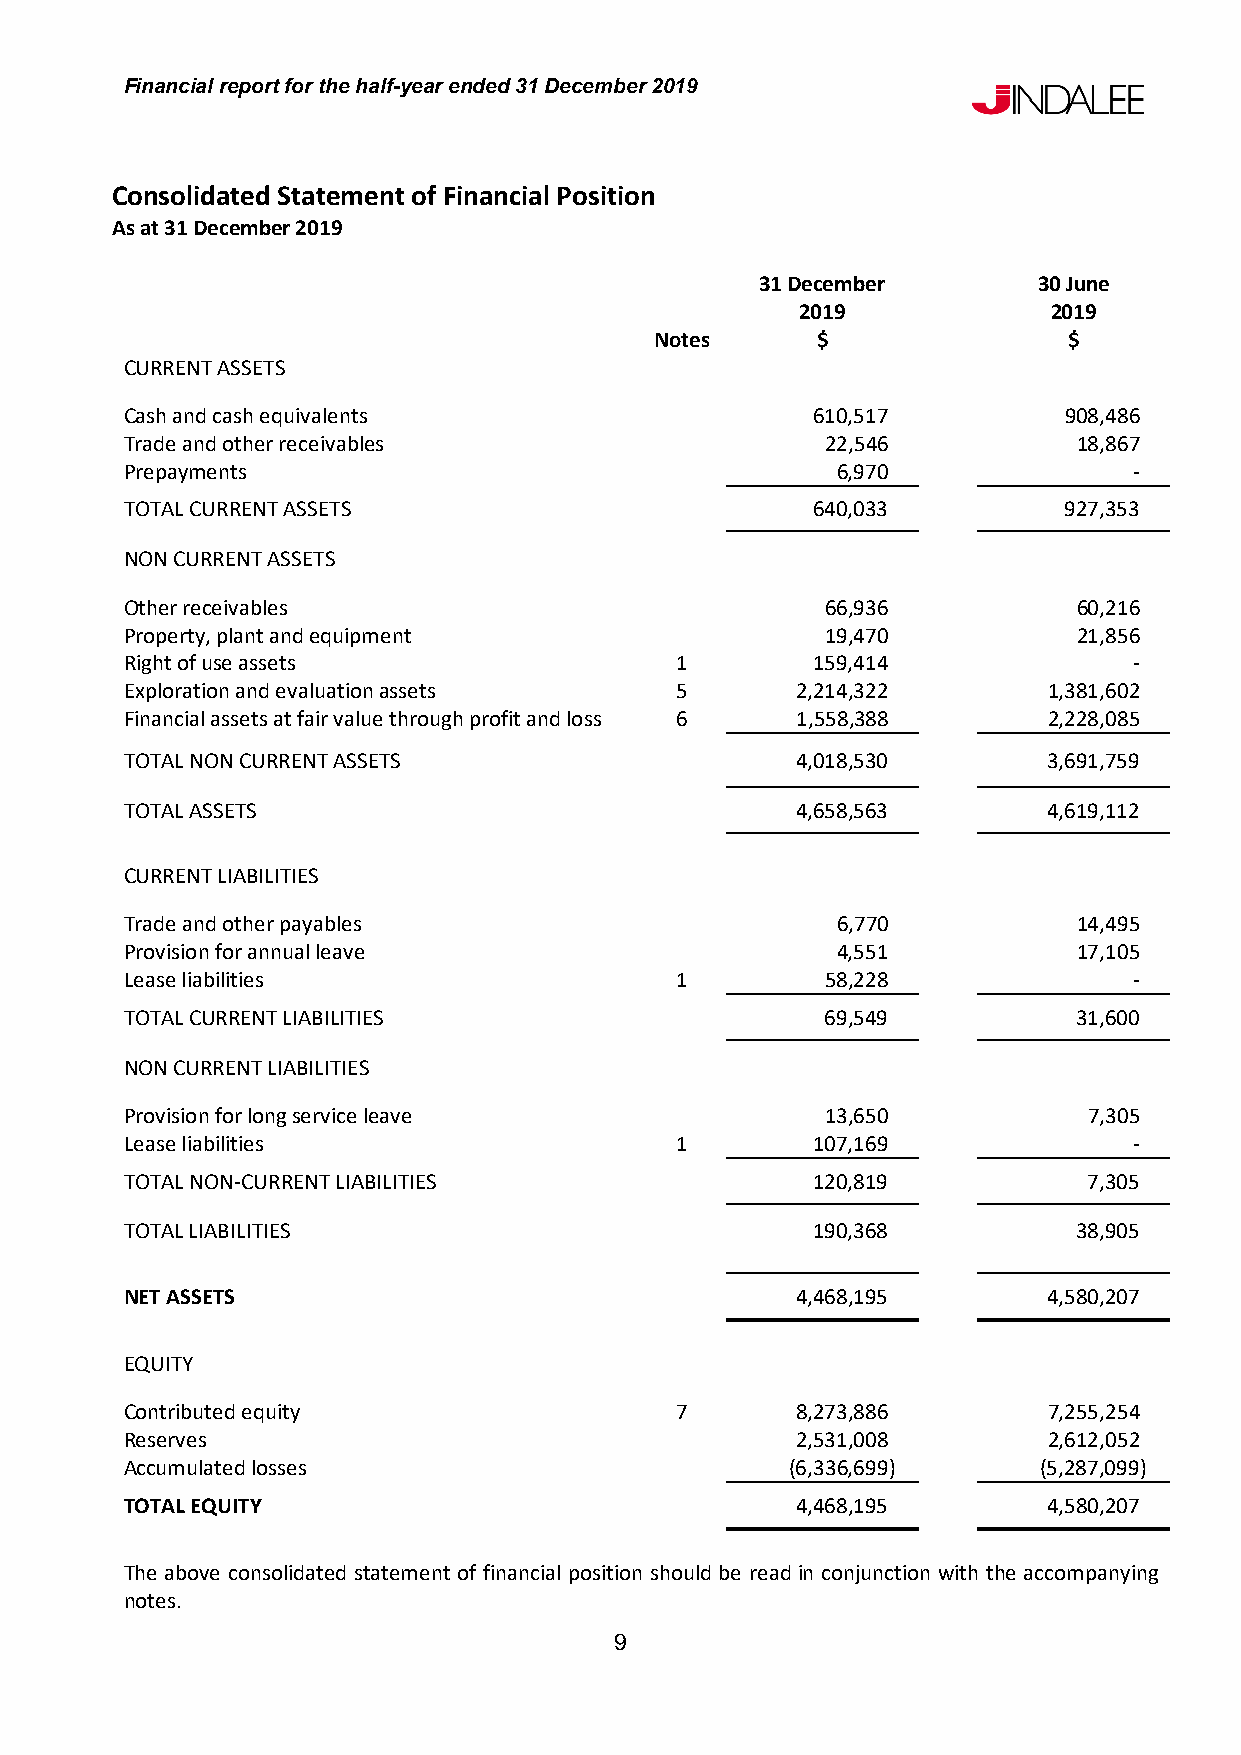
Financial report for the half-year ended 31 December 2019
 Consolidated Statement of Financial Position
 As at 31 December 2019
 31 December        30 June
 2019             2019
 Notes      $                $
 CURRENT ASSETS
 Cash and cash equivalents                     610,517         908,486
 Trade and other receivables                    22,546          18,867
 Prepayments                                    6,970               -
 TOTAL CURRENT ASSETS                          640,033         927,353
 NON CURRENT ASSETS
 Other receivables                              66,936          60,216
 Property, plant and equipment                  19,470          21,856
 Right of use assets                  1        159,414              -
 Exploration and evaluation assets    5       2,214,322       1,381,602
 Financial assets at fair value through profit and loss 6 1,558,388 2,228,085
 TOTAL NON CURRENT ASSETS                     4,018,530       3,691,759
 TOTAL ASSETS                                 4,658,563       4,619,112
 CURRENT LIABILITIES
 Trade and other payables                       6,770           14,495
 Provision for annual leave                     4,551           17,105
 Lease liabilities                    1         58,228              -
 TOTAL CURRENT LIABILITIES                      69,549          31,600
 NON CURRENT LIABILITIES
 Provision for long service leave               13,650           7,305
 Lease liabilities                    1        107,169              -
 TOTAL NON-CURRENT LIABILITIES                 120,819           7,305
 TOTAL LIABILITIES                             190,368          38,905
 NET ASSETS                                   4,468,195       4,580,207
 EQUITY
 Contributed equity                   7       8,273,886       7,255,254
 Reserves                                     2,531,008       2,612,052
 Accumulated losses                          (6,336,699)      (5,287,099)
 TOTAL EQUITY                                 4,468,195       4,580,207
 The above consolidated statement of financial position should be read in conjunction with the accompanying
 notes.
 9